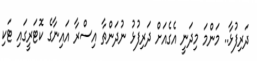
ދަރިފުޅާ.. މަންމަ މިދަނީ އެގެއަށް ދަރިފުޅު ނުދަންތާ އިސްރާ އައިނާގެ ކޮޓަރީގައި ޓަކި